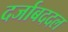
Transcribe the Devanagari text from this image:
दर्जाबददल